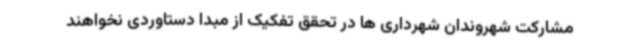
مشارکت شهروندان شهرداری ها در تحقق تفکیک از مبدا دستاوردی نخواهند